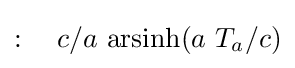
:\quad c/a\ {\text{arsinh}}(a\ T_{a}/c)